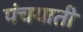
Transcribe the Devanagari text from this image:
पंचयाती